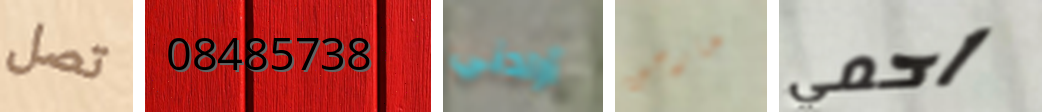
تصل 08485738 أرادني خارجين احمي